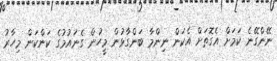
ނޭންގޭނެ ކަމަށް އެގޮތަށް އެކަން ނިންމާ ބަންގާޅުން މީހުން ގެނައުމުގެ ކަންކަން މިހާރު